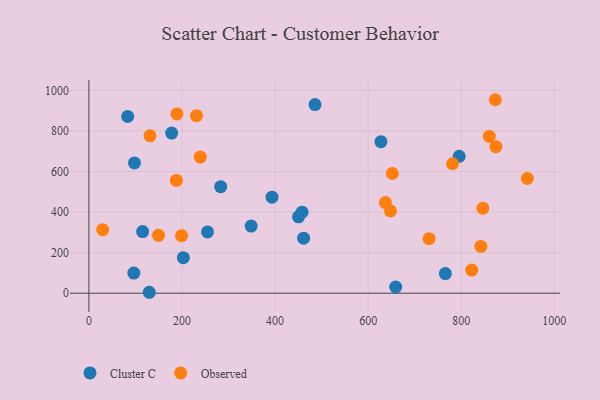
{"axis": {"x": "Ad Spend", "y": "Fuel Efficiency"}, "legend": ["Cluster C", "Observed"], "data": [{"x": "202.9", "y": 175.4, "type": "Cluster C"}, {"x": "129.7", "y": 4.7, "type": "Cluster C"}, {"x": "348.6", "y": 331.1, "type": "Cluster C"}, {"x": "450.3", "y": 376.8, "type": "Cluster C"}, {"x": "795.5", "y": 674.8, "type": "Cluster C"}, {"x": "177.8", "y": 789.6, "type": "Cluster C"}, {"x": "659.1", "y": 30.6, "type": "Cluster C"}, {"x": "115.4", "y": 304.1, "type": "Cluster C"}, {"x": "96.6", "y": 99.2, "type": "Cluster C"}, {"x": "765.8", "y": 97.1, "type": "Cluster C"}, {"x": "461.3", "y": 271.5, "type": "Cluster C"}, {"x": "97.9", "y": 642.5, "type": "Cluster C"}, {"x": "254.8", "y": 302.2, "type": "Cluster C"}, {"x": "457.9", "y": 399.8, "type": "Cluster C"}, {"x": "627.4", "y": 747.2, "type": "Cluster C"}, {"x": "283.1", "y": 525.3, "type": "Cluster C"}, {"x": "83.4", "y": 871.5, "type": "Cluster C"}, {"x": "485.8", "y": 930.0, "type": "Cluster C"}, {"x": "393.4", "y": 473.8, "type": "Cluster C"}, {"x": "874.4", "y": 722.4, "type": "Observed"}, {"x": "781.2", "y": 638.3, "type": "Observed"}, {"x": "846.3", "y": 419.5, "type": "Observed"}, {"x": "637.1", "y": 446.8, "type": "Observed"}, {"x": "822.4", "y": 114.0, "type": "Observed"}, {"x": "860.1", "y": 773.0, "type": "Observed"}, {"x": "199.0", "y": 283.5, "type": "Observed"}, {"x": "730.8", "y": 269.0, "type": "Observed"}, {"x": "942.0", "y": 566.0, "type": "Observed"}, {"x": "647.8", "y": 405.6, "type": "Observed"}, {"x": "29.5", "y": 313.3, "type": "Observed"}, {"x": "239.2", "y": 671.2, "type": "Observed"}, {"x": "131.3", "y": 776.2, "type": "Observed"}, {"x": "149.5", "y": 285.6, "type": "Observed"}, {"x": "651.9", "y": 590.4, "type": "Observed"}, {"x": "231.2", "y": 875.5, "type": "Observed"}, {"x": "842.2", "y": 230.8, "type": "Observed"}, {"x": "189.1", "y": 883.9, "type": "Observed"}, {"x": "187.9", "y": 556.3, "type": "Observed"}, {"x": "873.1", "y": 954.0, "type": "Observed"}]}